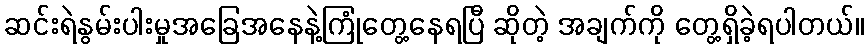
ဆင်းရဲနွမ်းပါးမှုအခြေအနေနဲ့ကြုံတွေ့နေရပြီ ဆိုတဲ့ အချက်ကို တွေ့ရှိခဲ့ရပါတယ်။